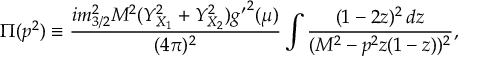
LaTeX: \Pi ( p ^ { 2 } ) \equiv \frac { i m _ { 3 / 2 } ^ { 2 } M ^ { 2 } ( Y _ { X _ { 1 } } ^ { 2 } + Y _ { X _ { 2 } } ^ { 2 } ) { g ^ { \prime } } ^ { 2 } ( \mu ) } { ( 4 \pi ) ^ { 2 } } \int \frac { ( 1 - 2 z ) ^ { 2 } \, d z } { ( M ^ { 2 } - p ^ { 2 } z ( 1 - z ) ) ^ { 2 } } ,